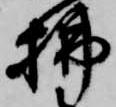
払